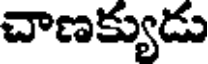
చాణక్యుడు